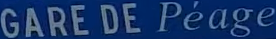
GARE DE Péage